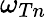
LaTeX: \omega_{Tn}